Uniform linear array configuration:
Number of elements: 64
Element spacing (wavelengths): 0.75
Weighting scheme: binomial
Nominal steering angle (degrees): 60
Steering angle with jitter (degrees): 61.609
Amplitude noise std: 0.05
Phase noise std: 0.05

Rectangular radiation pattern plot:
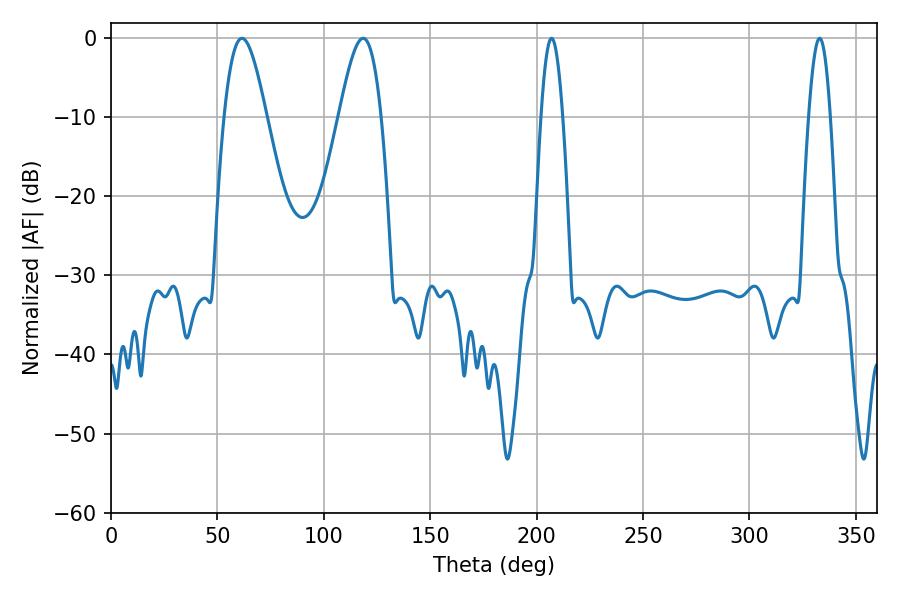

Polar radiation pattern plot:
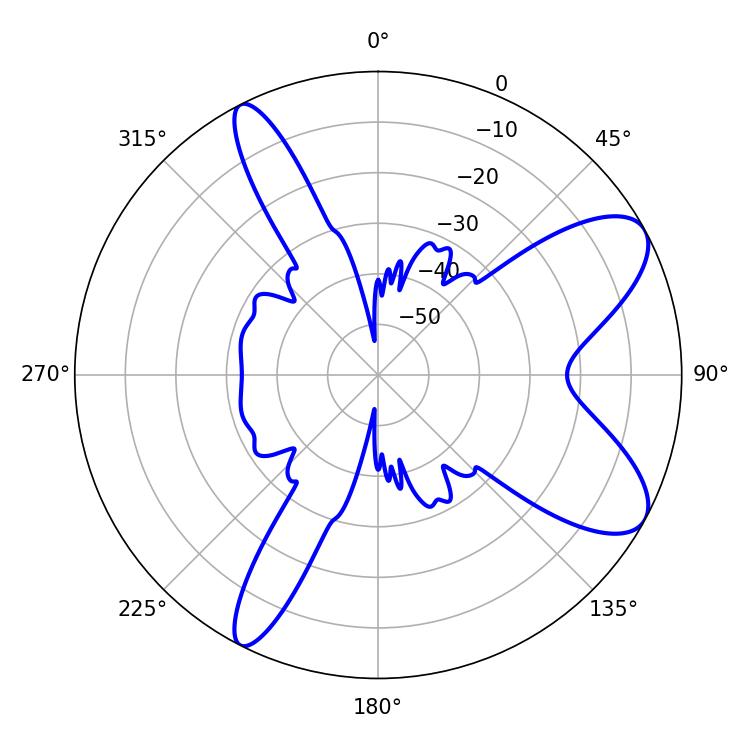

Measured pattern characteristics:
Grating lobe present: TRUE
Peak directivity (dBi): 8.735
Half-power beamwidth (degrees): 10.62
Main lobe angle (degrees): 61.56